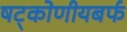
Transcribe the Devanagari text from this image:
षट्कोणीयबर्फ